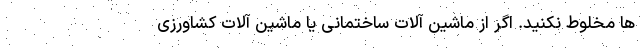
ها مخلوط نکنید. اگر از ماشین آلات ساختمانی یا ماشین آلات کشاورزی